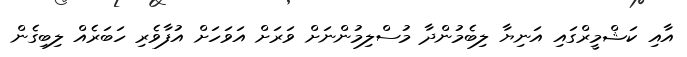
އާއި ކަޝްމީރްގައި އަނިޔާ ލިބެމުންދާ މުސްލިމުންނަށް ވަރަށް އަވަހަށް އުފާވެރި ހަބަރެއް ލިބިގެން